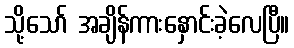
သို့သော် အချိန်ကားနှောင်းခဲ့လေပြီ။